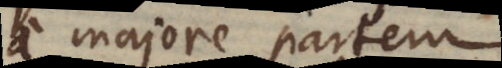
a majore partem